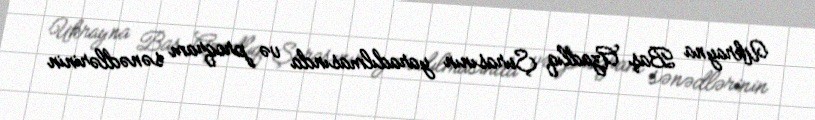
Ukrayna Baş Azadlıq Şurasının yaradılmasında və proqram sənədlərinin